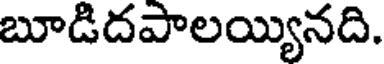
బూడిదపాలయ్యినది.